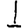
Digit: 1